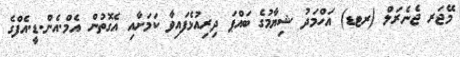
މޭޖަރ ޖެނެރަލް (ރޓޑ) އަހްމަދު ޝިޔާމުގެ ބައްޕަ ދިރިއުޅެފައިވާ ކަމަށާއި އެގޮތުން އެމް.އެން.ޑީ.އެފްގެ